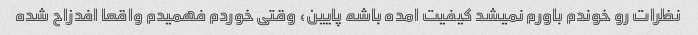
نظرات رو خوندم باورم نمیشد کیفیت امده باشه پایین، وقتی خوردم فهمیدم واقعا افدزاح شده